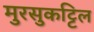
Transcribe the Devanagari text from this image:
मुरसुकट्टिल